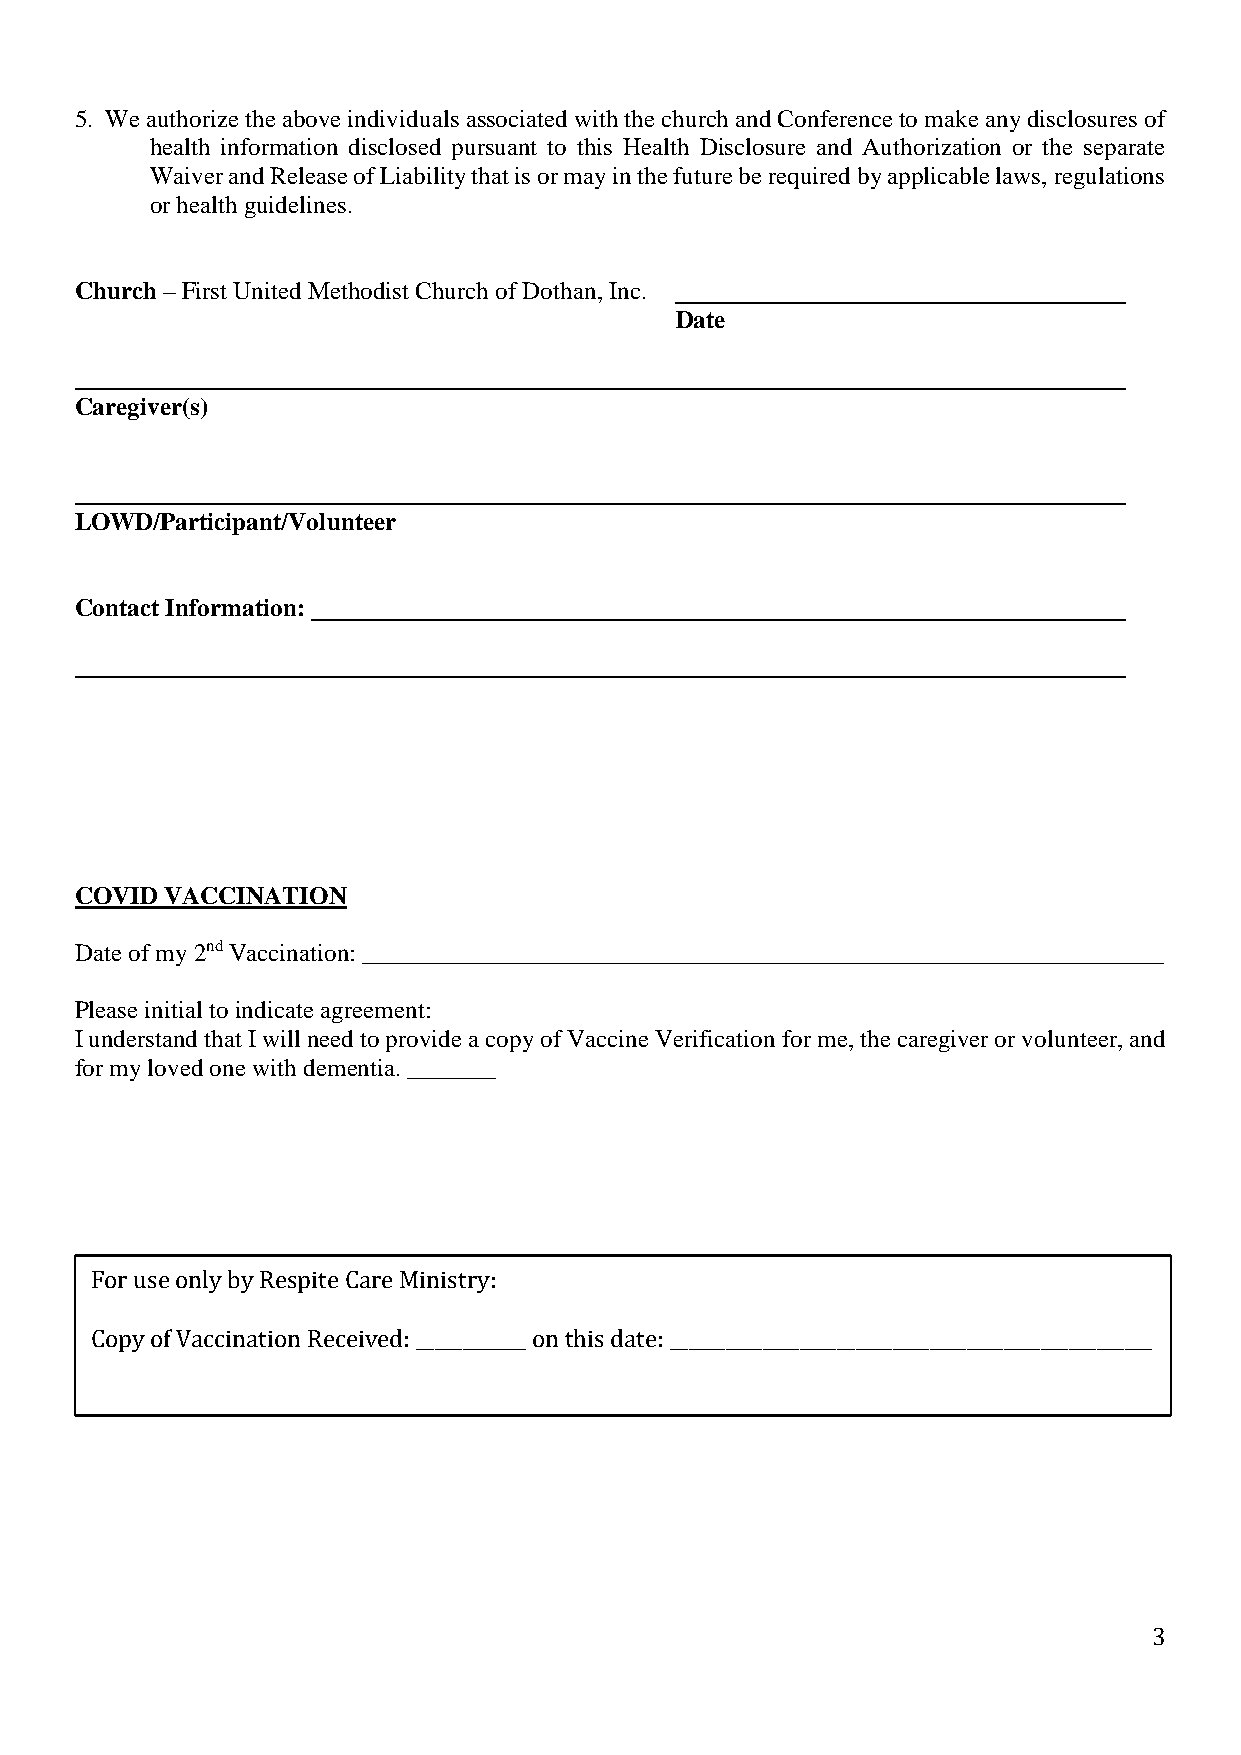
5. We authorize the above individuals associated with the church and Conference to make any disclosures of
 health information disclosed pursuant to this Health Disclosure and Authorization or the separate
 Waiver and Release of Liability that is or may in the future be required by applicable laws, regulations
 or health guidelines.
 Church – First United Methodist Church of Dothan, Inc.
 Date
 Caregiver(s)
 LOWD/Participant/Volunteer
 Contact Information:
 COVID VACCINATION
 Date of my 2nd Vaccination: ________________________________________________________________
 Please initial to indicate agreement:
 I understand that I will need to provide a copy of Vaccine Verification for me, the caregiver or volunteer, and
 for my loved one with dementia. _______
 For use only by Respite Care Ministry:
 Copy of Vaccination Received: ____________ on this date: ____________________________________________________
 3